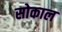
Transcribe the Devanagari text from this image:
सोकाल